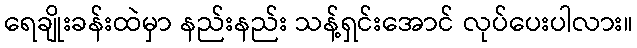
ရေချိုးခန်းထဲမှာ နည်းနည်း သန့်ရှင်းအောင် လုပ်ပေးပါလား။